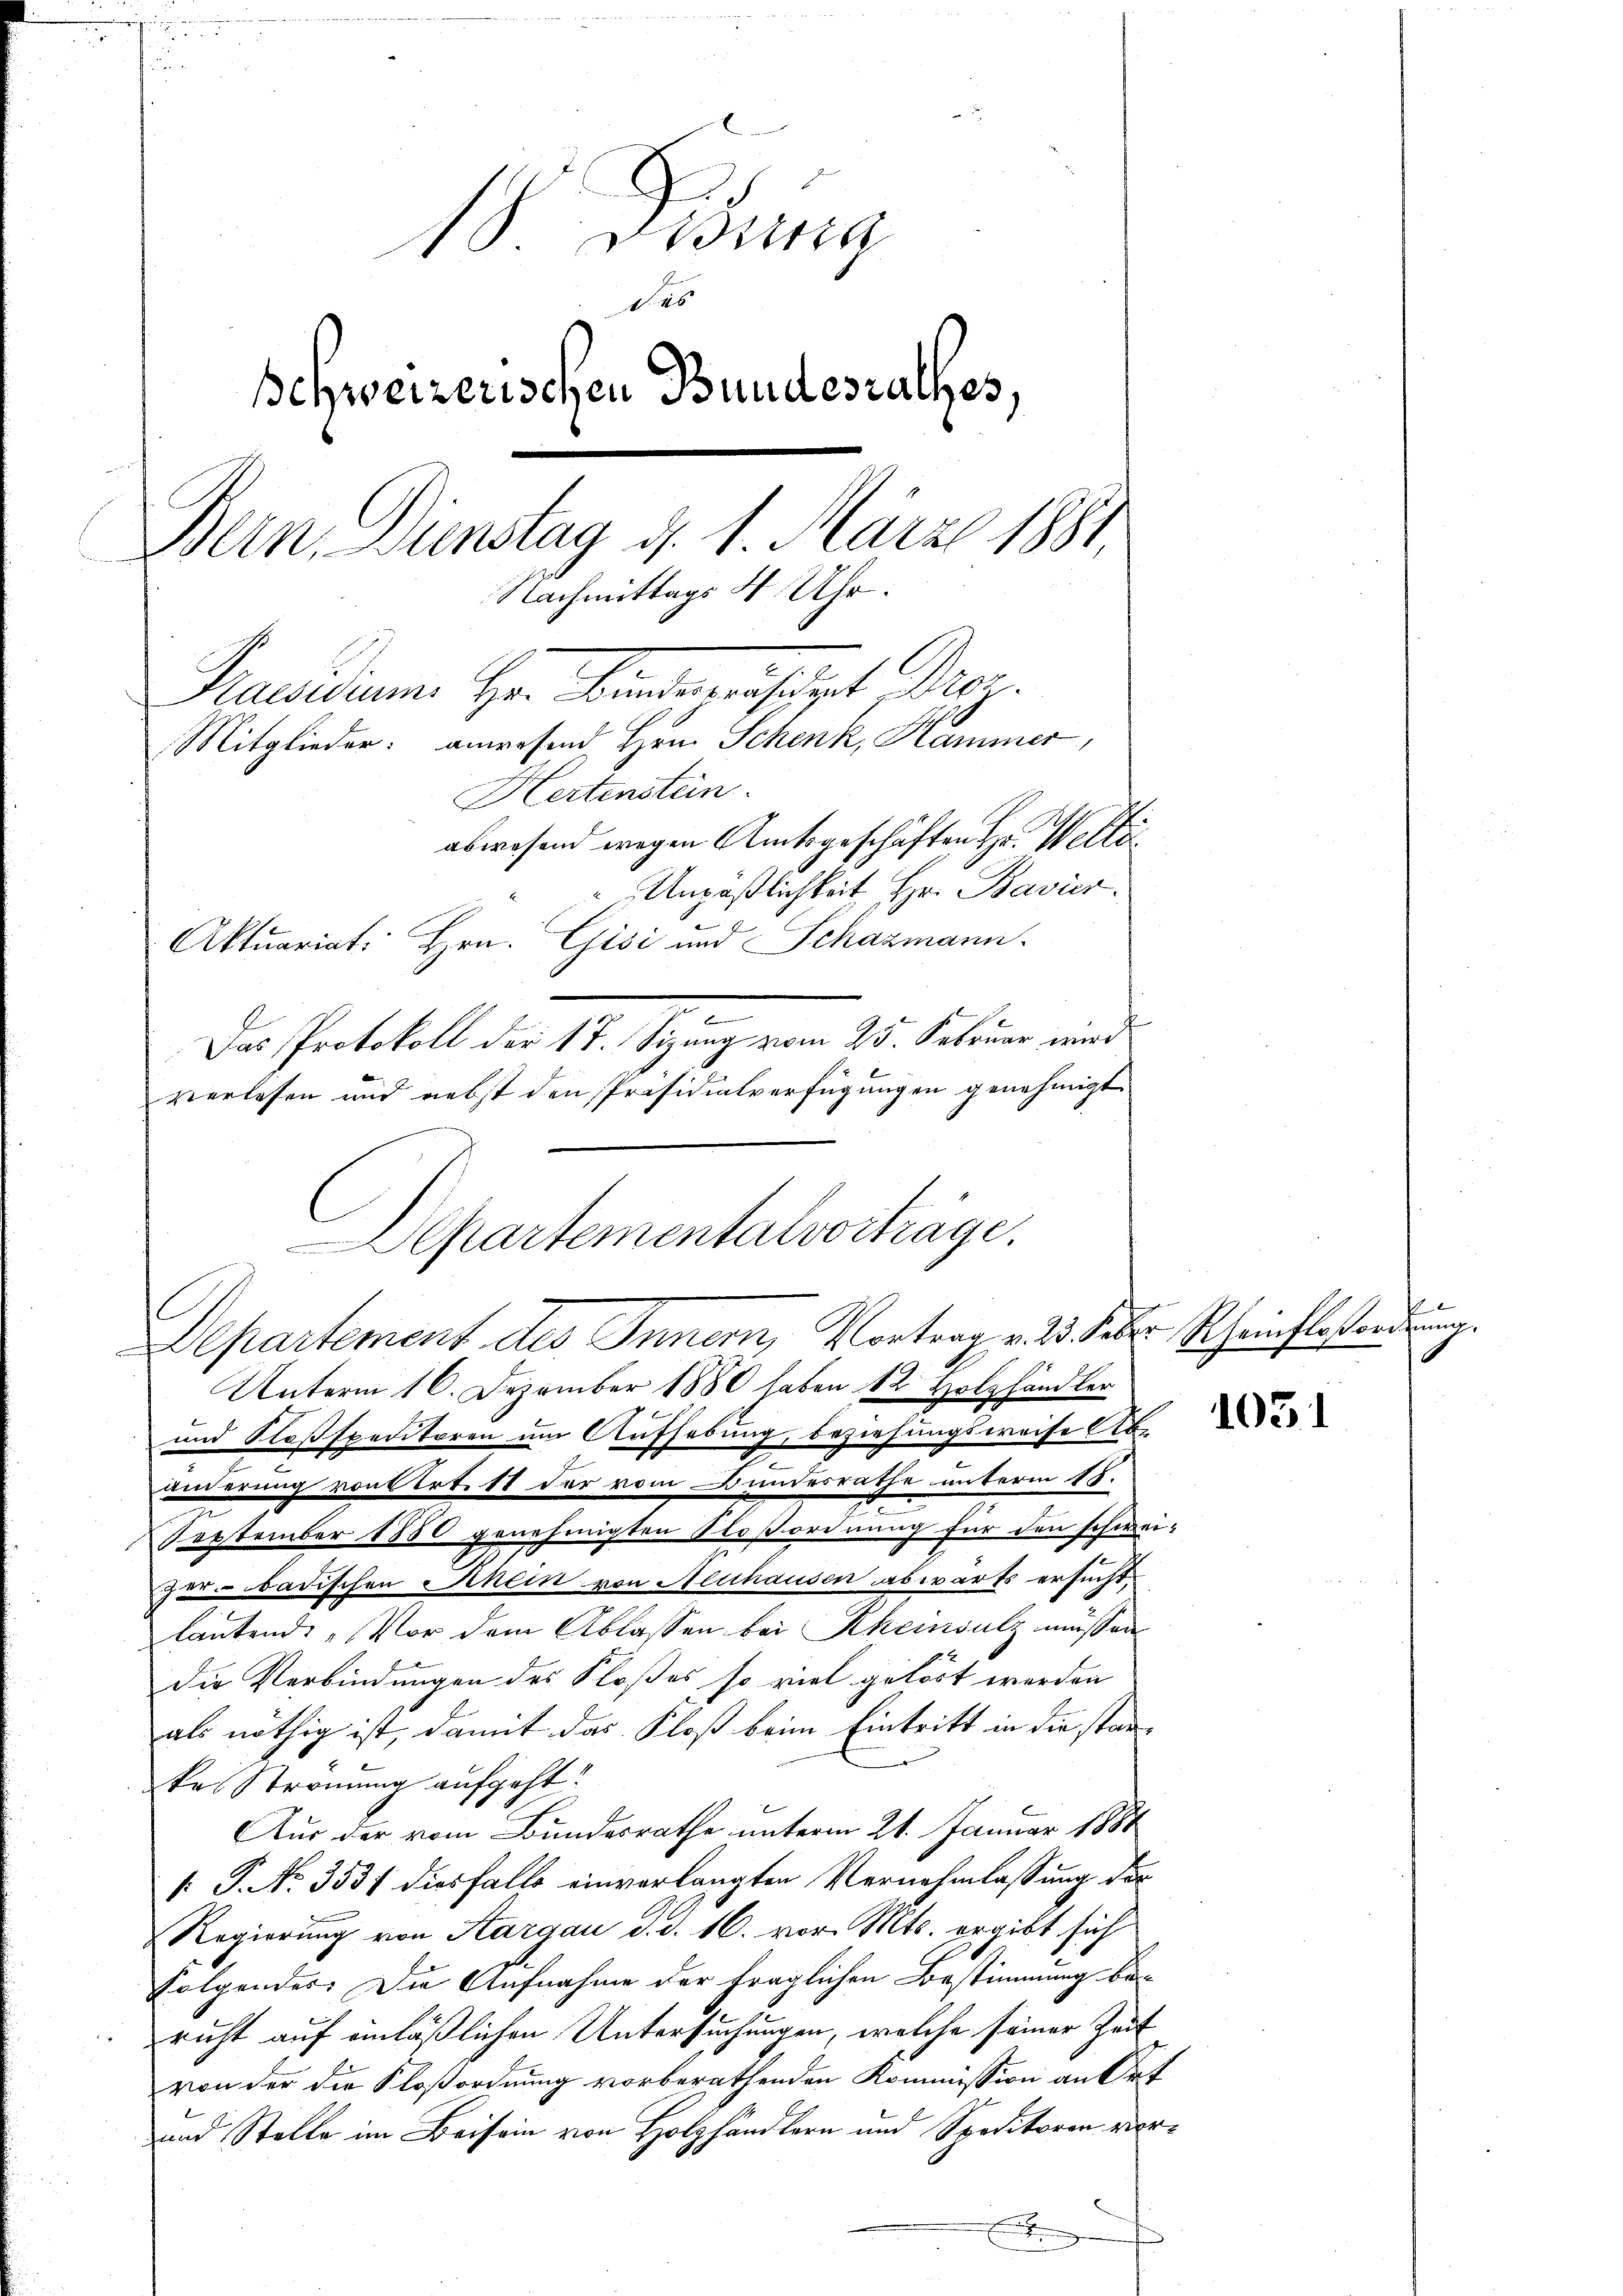
10 Bisig
des
schweizerischen Bundesrathes,
Bern, Dienstag d. 1. März 1881,
Nachmittags 4 Uhr.
Hauseum. Hr. Kindermanisiert Pro
Mitglieder: anwesend Hrn. Schenk, Hammer,
Hertensten.
abwesend wegen Amtsgeschäften Hr. Welti
Unpäßlichkeit Hr. Bavier.
Aktuariat Hrn. Gisi und Schazmann.
.
Das Protokoll der 17. Sitzung vom 25. Februar wird
verlassen und nebst den Präsidialverfügungen genehmigt.

Separtementalvorträge.
Departement des Inner, Vortrag v. 23. Feber Scheinsbesordnung.

Unterm 16. Dezember 1880 haben 12 Holzhändler
und Floßspeditoren um Aufhebung, beziehungsweise Ab-
t
änderung von Art. 11 der vom Bundesrathe unterm 15.
September 1850 genehmigten Kloßordnung für den schwei-
zer badischen Rhein von Neuhausen abwärts ersucht,
lautend „Vor dem Ablassen bei Rheinsulz müssen
die Verbindungen des Floßes so viel gelöst werden
als nöthig ist, damit das Floß beim Eintritt in die stankei Strömung aufgeht?
Aus der vom Bundesrathe unterm 21. Januar 1881
[: P. No. 3531 diesfalls einverlangten Vernehmlassung der
Regierung von Aargau d. d. 16. vor. Mts. ergibt sich
Folgendes: Die Aufnahme der träglichen Bestimmung bericht auf einläßlichen Untersuchungen, welche seiner Zeit
von der die Kloßordnung vorberathenden Kommission an Ort
und Stelle im Beisein von Holzhändlern und Speditoren vor¬

1031